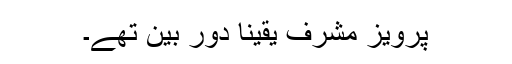
پرویز مشرف یقینا دور بین تھے۔